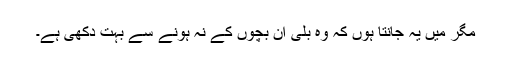
مگر میں یہ جانتا ہوں کہ وہ بلی اُن بچوں کے نہ ہونے سے بہت دُکھی ہے۔